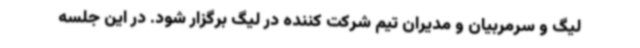
لیگ و سرمربیان و مدیران تیم شرکت کننده در لیگ برگزار شود. در این جلسه